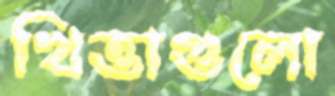
খিত্তাগুলো